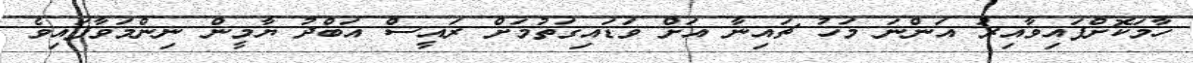
ހާމަކޮށްފައިވާއިރު އަންނަ މަހު ޗައިނާ އަށް ވަޑައިގަތުމަށް ރައީސް އަބްދު ޔާމީން ނިންމަވާފައިވެ